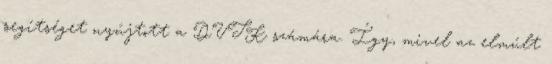
segítséget nyújtott a DVTK számára. Így, mivel az elmúlt